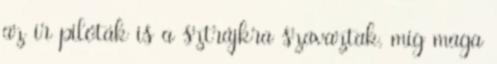
az ír pilóták is a sztrájkra szavaztak, míg maga